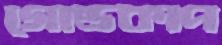
গোন্ডকাপ